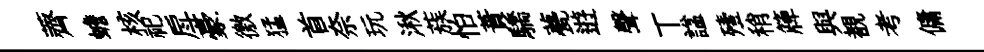
薺蟾核祀戽豪徼猛首奈玩湫蔟怕蕡驕甍逰聲丅諡殪稍簰與覩考傭